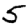
Digit: 5